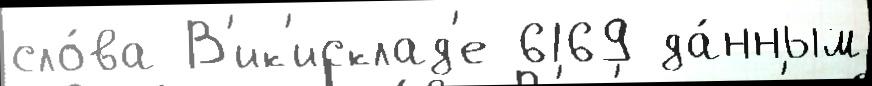
сло́ва В'ик'исклад'е 6169 да́нным